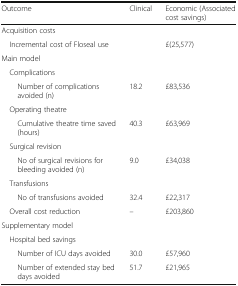
| Outcome | Clinical | Economic (Associated cost savings) |
 | --- | --- | --- |
 | <COLSPAN=3> Acquisition costs |
 | Incremental cost of Floseal use |  | £(25,577) |
 | <COLSPAN=3> Main model |
 | <COLSPAN=3> Complications |
 | Number of complications avoided (n) | 18.2 | £83,536 |
 | <COLSPAN=3> Operating theatre |
 | Cumulative theatre time saved (hours) | 40.3 | £63,969 |
 | <COLSPAN=3> Surgical revision |
 | No of surgical revisions for bleeding avoided (n) | 9.0 | £34,038 |
 | <COLSPAN=3> Transfusions |
 | No of transfusions avoided | 32.4 | £22,317 |
 | Overall cost reduction | – | £203,860 |
 | <COLSPAN=3> Supplementary model |
 | <COLSPAN=3> Hospital bed savings |
 | Number of ICU days avoided | 30.0 | £57,960 |
 | Number of extended stay bed days avoided | 51.7 | £21,965 |